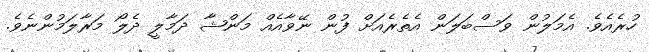
ހުރެއެވެ. އެމަލުން ވަސްބަލަން އެތެރެއަށް ފުން ނޭވާއެއް މަންޝާ ދަމާލީ ދެލޯ މަރާލަމުންނެވެ.